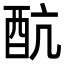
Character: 𨟼